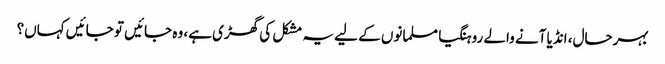
بہرحال، انڈیا آنے والے روہنگیا مسلمانوں کے لیے یہ مشکل کی گھڑی ہے، وہ جائیں تو جائیں کہاں؟